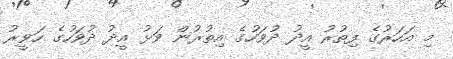
މި އަހަރުގެ ފިތުރު އީދު ދުވަހުގެ އިތުރުން ވަޅު އީދު ދުވަހުގެ ހަވީރު